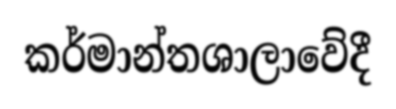
කර්මාන්තශාලාවේදී